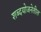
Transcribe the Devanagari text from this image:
शब्दयोजनेतील